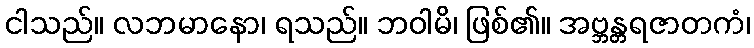
ငါသည်။ လဘမာနော၊ ရသည်။ ဘဝါမိ၊ ဖြစ်၏။ အဗ္ဘန္တရဇာတကံ၊